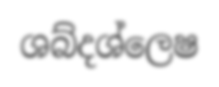
ශබ්දශ්ලෙෂ